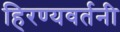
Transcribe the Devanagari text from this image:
हिरण्यवर्तनी